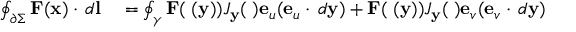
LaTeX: \begin{array} { r l } { \oint _ { \partial \Sigma } { \mathbf { F } ( \mathbf { x } ) \cdot \, d \mathbf { l } } } & { { } = \oint _ { \gamma } { \mathbf { F } ( \mathbf { \psi } ( \mathbf { y } ) ) J _ { \mathbf { y } } ( \mathbf { \psi } ) \mathbf { e } _ { u } ( \mathbf { e } _ { u } \cdot \, d \mathbf { y } ) + \mathbf { F } ( \mathbf { \psi } ( \mathbf { y } ) ) J _ { \mathbf { y } } ( \mathbf { \psi } ) \mathbf { e } _ { v } ( \mathbf { e } _ { v } \cdot \, d \mathbf { y } ) } } \end{array}